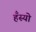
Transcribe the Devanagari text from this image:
हँस्‍यो